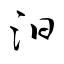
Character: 汨